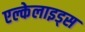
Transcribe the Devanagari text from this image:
एल्केलाइड्स